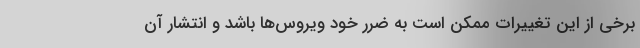
برخی از این تغییرات ممکن است به ضرر خود ویروس‌ها باشد و انتشار آن